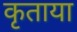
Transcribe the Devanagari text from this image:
कृताया